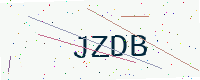
Text: JZDB